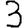
Digit: 3